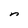
Character: n